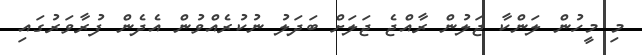
މި މީހުން ލަންކާ ޖަލުން ރާއްޖެ ޖަަލަށް ބަދަލު ނުކުރެއްވުން އެދެން ފުރާވަރުގައި